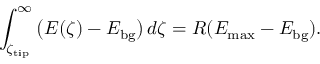
\int _ { \zeta _ { \mathrm { t i p } } } ^ { \infty } \big ( E ( \zeta ) - E _ { \mathrm { b g } } \big ) \, d \zeta = R ( E _ { \mathrm { m a x } } - E _ { \mathrm { b g } } ) .